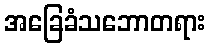
အခြေခံသဘောတရား